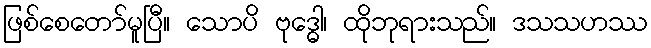
ဖြစ်စေတော်မူပြီ။ သောပိ ဗုဒ္ဓေါ၊ ထိုဘုရားသည်။ ဒသသဟဿ